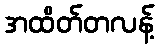
အထိတ်တလန့်